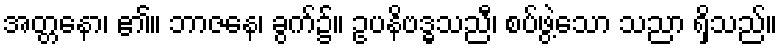
အတ္တနော၊ ၏။ ဘာဇနေ၊ ခွက်၌။ ဥပနိဗဒ္ဓသညီ၊ စပ်ဖွဲ့သော သညာ ရှိသည်။